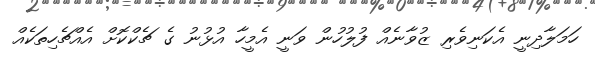
ހަމަލާދިނީ އެކަނިވެރި ޒުވާނެއް ފުލުހުން ވަނީ އެމީހާ އުޅުނު ގެ ޗެކްކޮށް އެއްޗެހިތަކެއް